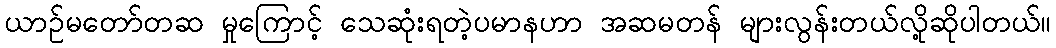
ယာဉ်မတော်တဆ မှုကြောင့် သေဆုံးရတဲ့ပမာနဟာ အဆမတန် များလွန်းတယ်လို့ဆိုပါတယ်။